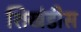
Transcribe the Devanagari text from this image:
शिखंडीस